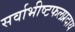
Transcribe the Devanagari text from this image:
सर्वाभीष्टफलप्रदाय